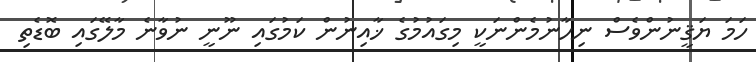
ހަމަ ޔަޤީނުންވެސް ނިހާނުމެންނަކީ މިގައުމުގެ ޚާއިނުން ކަމުގައި ނޫނީ ނުވާނެ މާލޭގައި ބޮޑެތި